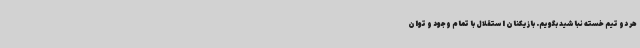
هر دو تیم خسته نباشید بگویم. بازیکنان استقلال با تمام وجود و توان